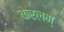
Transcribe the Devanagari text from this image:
केरलम्